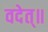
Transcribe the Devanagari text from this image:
वदेत्॥